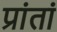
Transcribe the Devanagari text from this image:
प्रांतां